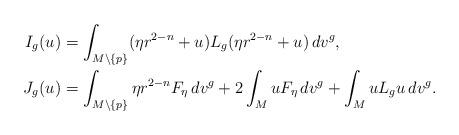
LaTeX: \begin{align*}I_g(u) &= \int_{M \setminus \{ p \} } (\eta r^{2-n} +u) L_g( \eta r^{2-n} +u)\,dv^g ,\\J_g(u) &= \int_{M\setminus\{p\}}\eta r^{2-n}F_{\eta}\,dv^g+2\int_{M}uF_{\eta}\,dv^g+\int_{M}uL_g u\,dv^g.\end{align*}